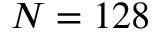
N = 1 2 8